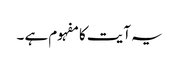
یہ آیت کا مفہوم ہے ۔